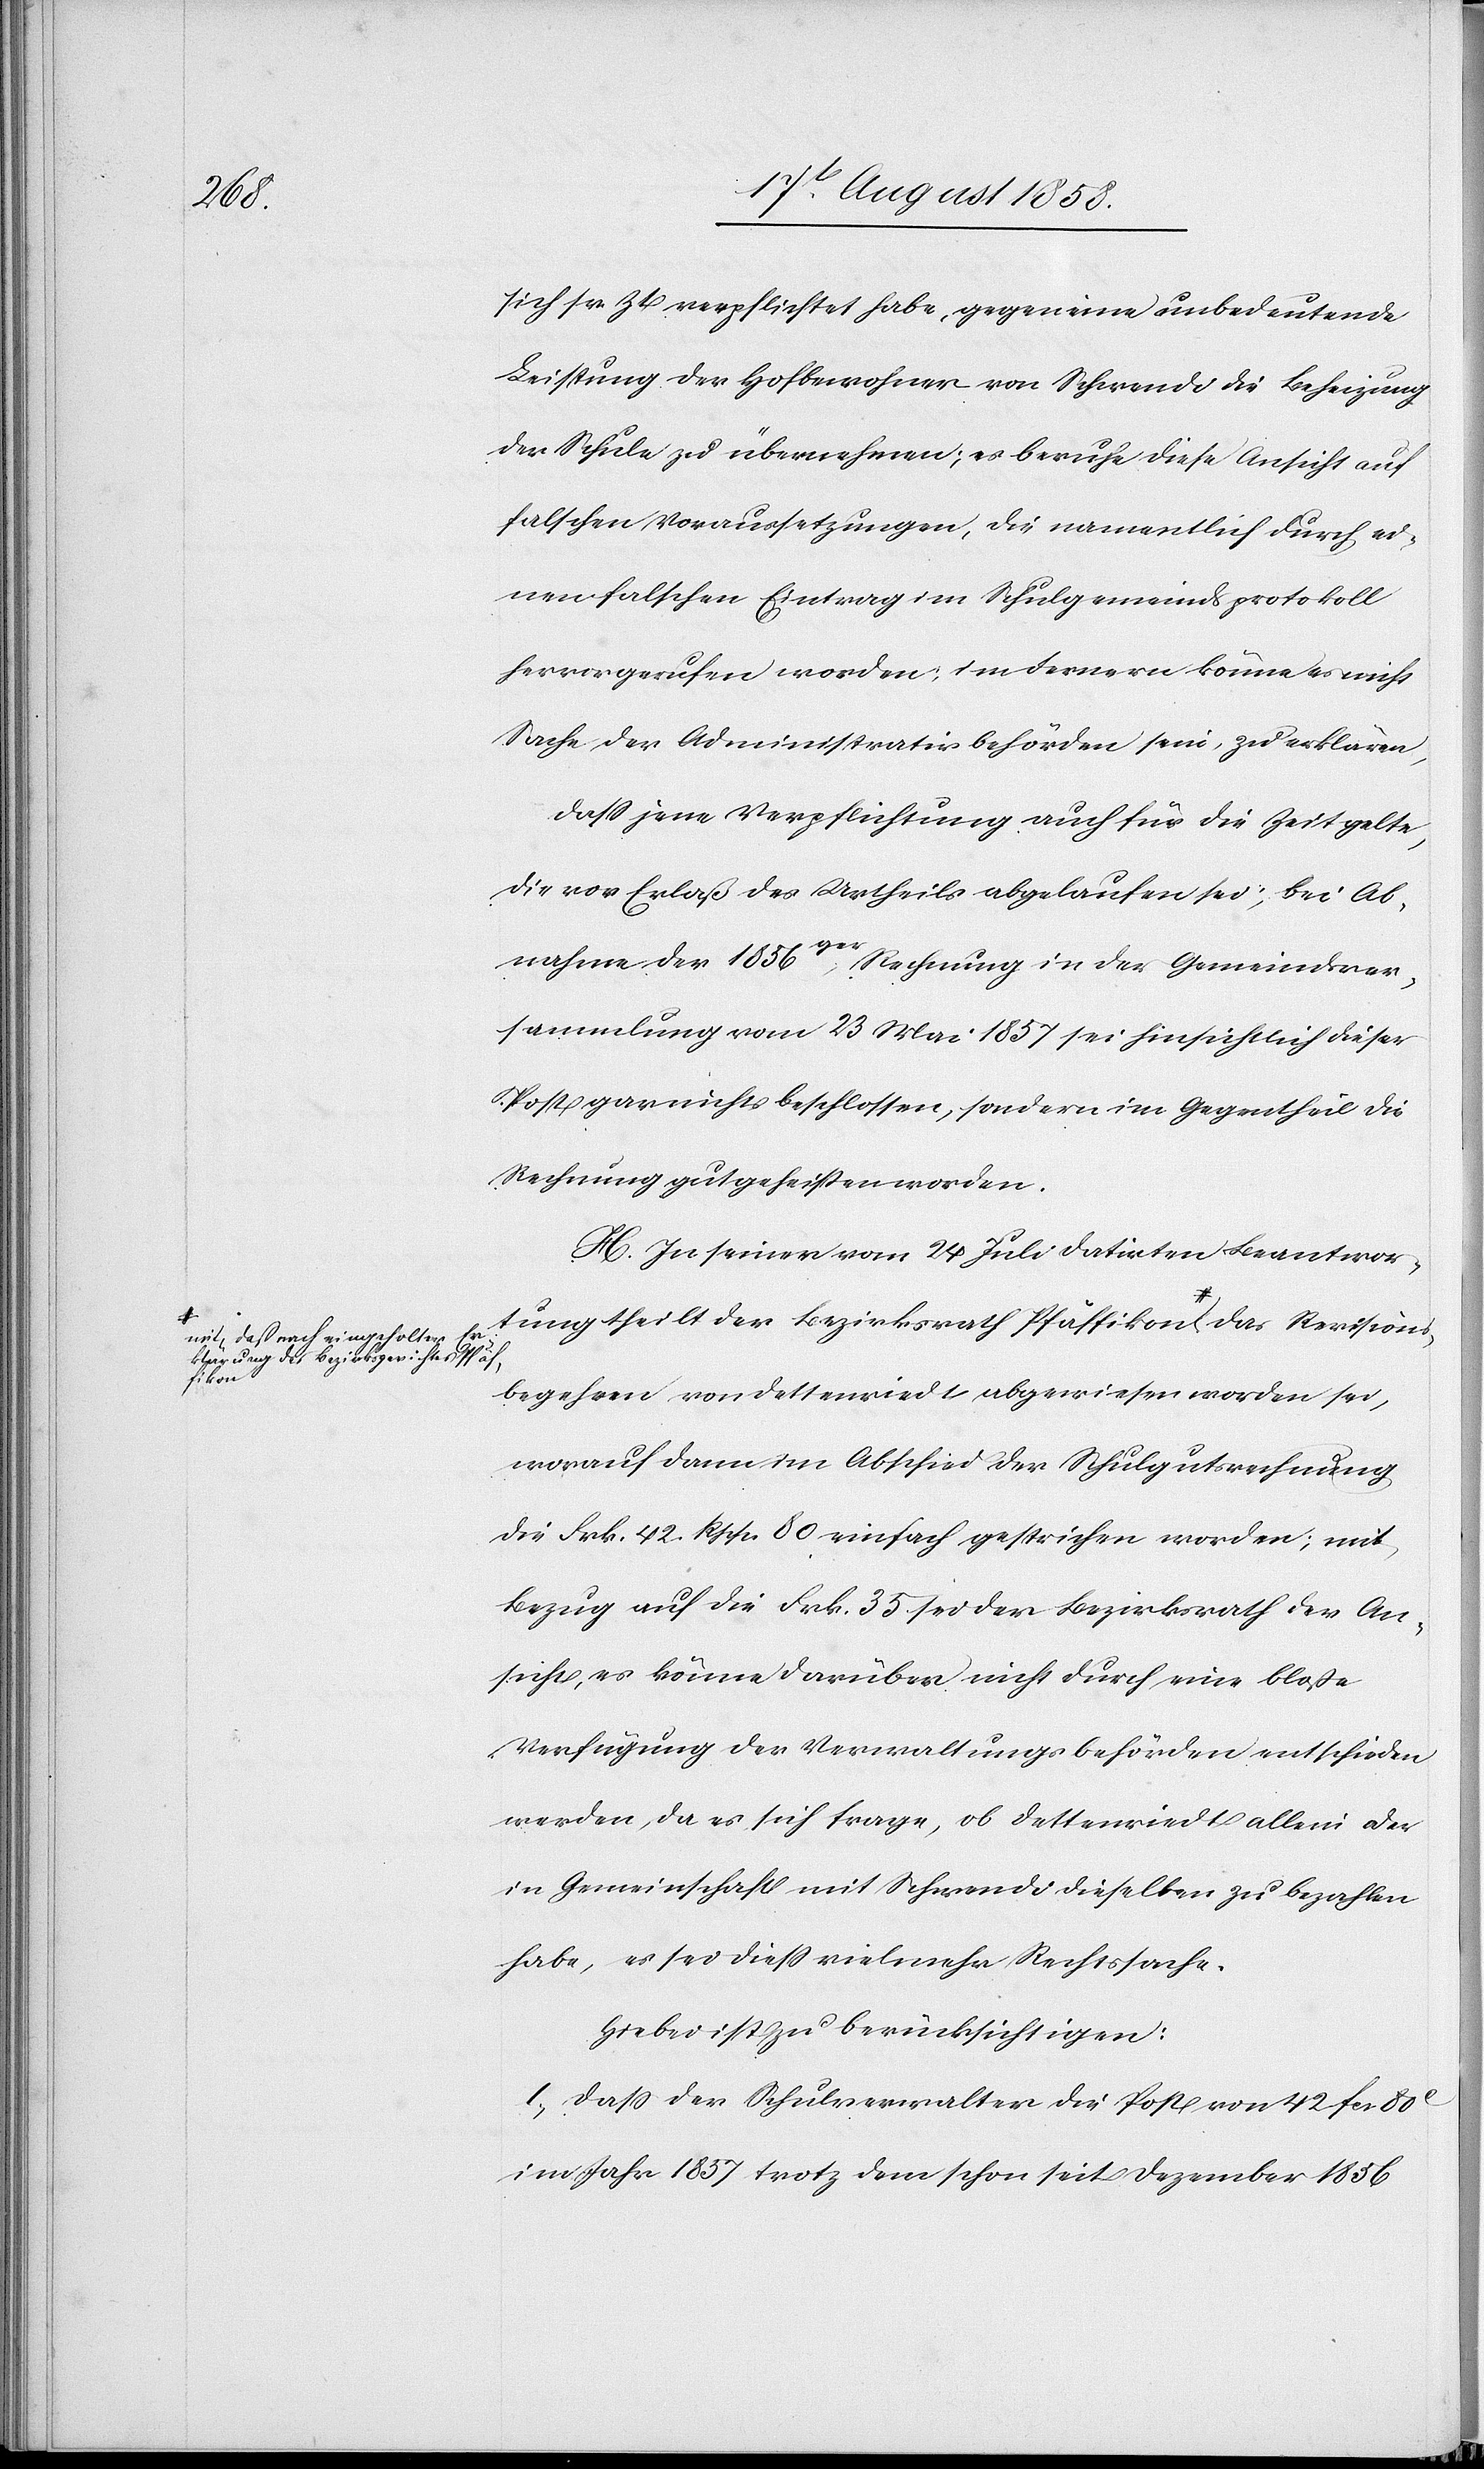
ions¬

sich sr. Zt. verpflichtet habe, gegen eine unbedeutende
Leistung der Hofbewohner von Schwendi die Beheizung
der Schule zu übernehmen; es beruhe diese Ansicht auf
falschen Voraussetzungen, die namentlich durch ei¬
nen falschen Eintrag im Schulgemeindsprotokoll
hervorgerufen worden; im Fernern könne es nicht
Sache der Administrativbehörden sein, zu erklären,
dass jene Verpflichtung auch für die Zeit gelte,
die vor Erlaß des Urtheils abgelaufen sei; bei Ab¬
nahme der 1856ger Rechnung in der Gemeindsver¬
sammlung vom 23 Mai 1857 sei hinsichtlich dieser
Post gar nichts beschlossen, sondern im Gegentheil die
Rechnung gutgeheissen worden.
H. In seiner vom 24 Juli datirten Beantwor¬
tung theilt der Bezirksrath Pfäffikon a-mit, daß nach ein¬
das
Erklärung des Bezirksgerichtes Pfäf¬
fikon-a
begehren von Dettenriedt abgewiesen worden sei,
worauf dann im Abschied der Schulgutsrechnung
die Frk. 42. Rpp. 80 einfach gestrichen worden; mit
Bezug auf die Frk. 35 sei der Bezirksrath der An¬
sicht, es könne darüber nicht durch eine bloße
Verfügung der Verwaltungsbehörden entschieden
werden, da es sich frage, ob Dettenriedt allein oder
in Gemeinschaft mit Schwendi dieselben zu bezahlen
habe, es sei diess vielmehr Rechtssache.
Hiebei ist zu berücksichtigen:
1) Dass der Schulverwalter die Post von 42 fcs. 80C
im Jahr 1857 trotz dem schon seit Dezember 1856